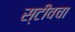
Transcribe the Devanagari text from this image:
स्टीवचा